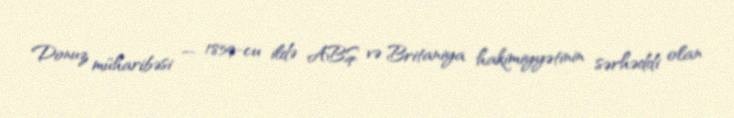
Donuz müharibəsi — 1859-cu ildə ABŞ və Britaniya hakimiyyətinin sərhəddi olan